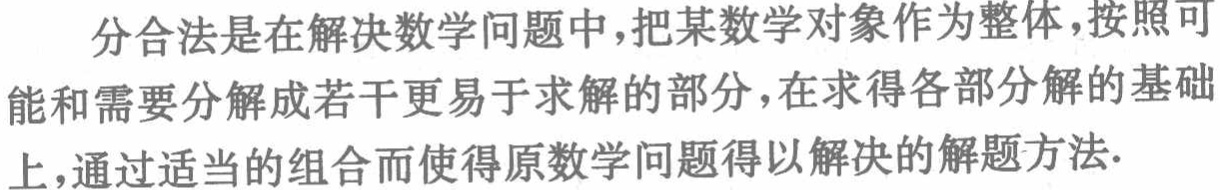
分合法是在解决数学问题中，把某数学对象作为整体，按照可能和需要分解成若干更易于求解的部分，在求得各部分解的基础上，通过适当的组合而使得原数学问题得以解决的解题方法.